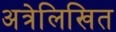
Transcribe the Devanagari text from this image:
अत्रेलिखित